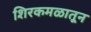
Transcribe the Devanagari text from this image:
शिरकमळातून